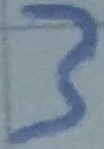
Text: 3